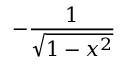
- { \frac { 1 } { \sqrt { 1 - x ^ { 2 } } } }